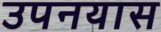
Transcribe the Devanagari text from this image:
उपनयास